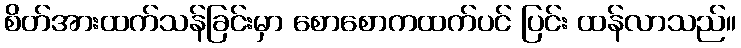
စိတ်အားထက်သန်ခြင်းမှာ စောစောကထက်ပင် ပြင်း ထန်လာသည်။